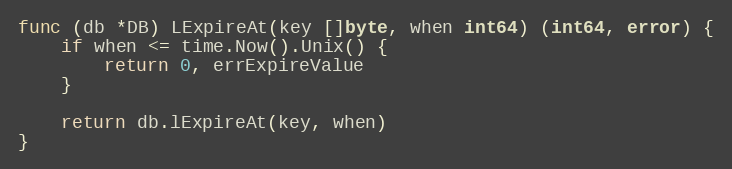
Language: Go
func (db *DB) LExpireAt(key []byte, when int64) (int64, error) {
	if when <= time.Now().Unix() {
		return 0, errExpireValue
	}

	return db.lExpireAt(key, when)
}